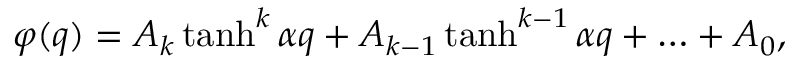
\varphi ( q ) = A _ { k } \operatorname { t a n h } ^ { k } { \alpha q } + A _ { k - 1 } \operatorname { t a n h } ^ { k - 1 } { \alpha q } + \ldots + A _ { 0 } ,